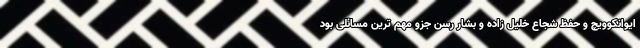
ایوانکوویچ و حفظ شجاع خلیل زاده و بشار رسن جزو مهم ترین مسائلی بود